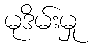
မုဒိမ်းမှု